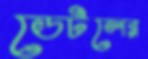
ডেটলের